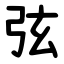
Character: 弦